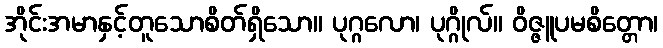
အိုင်းအမာနှင့်တူသောစိတ်ရှိသော။ ပုဂ္ဂလော၊ ပုဂ္ဂိုလ်။ ဝိဇ္ဇူပမစိတ္တော၊